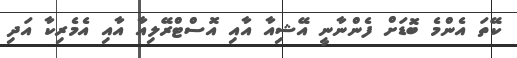
ކޭތަ އެންމެ ބޮޑަށް ފެންނާނީ އޭޝިއާ އާއި އޮސްޓްރޭލިއާ އާއި އެމެރިކާ އަދި